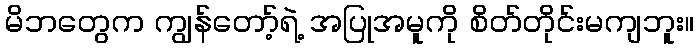
မိဘတွေက ကျွန်တော့်ရဲ့ အပြုအမူကို စိတ်တိုင်းမကျဘူး။